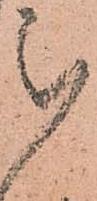
被